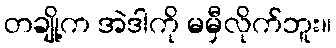
တချို့က အဲဒါကို မမှီလိုက်ဘူး။